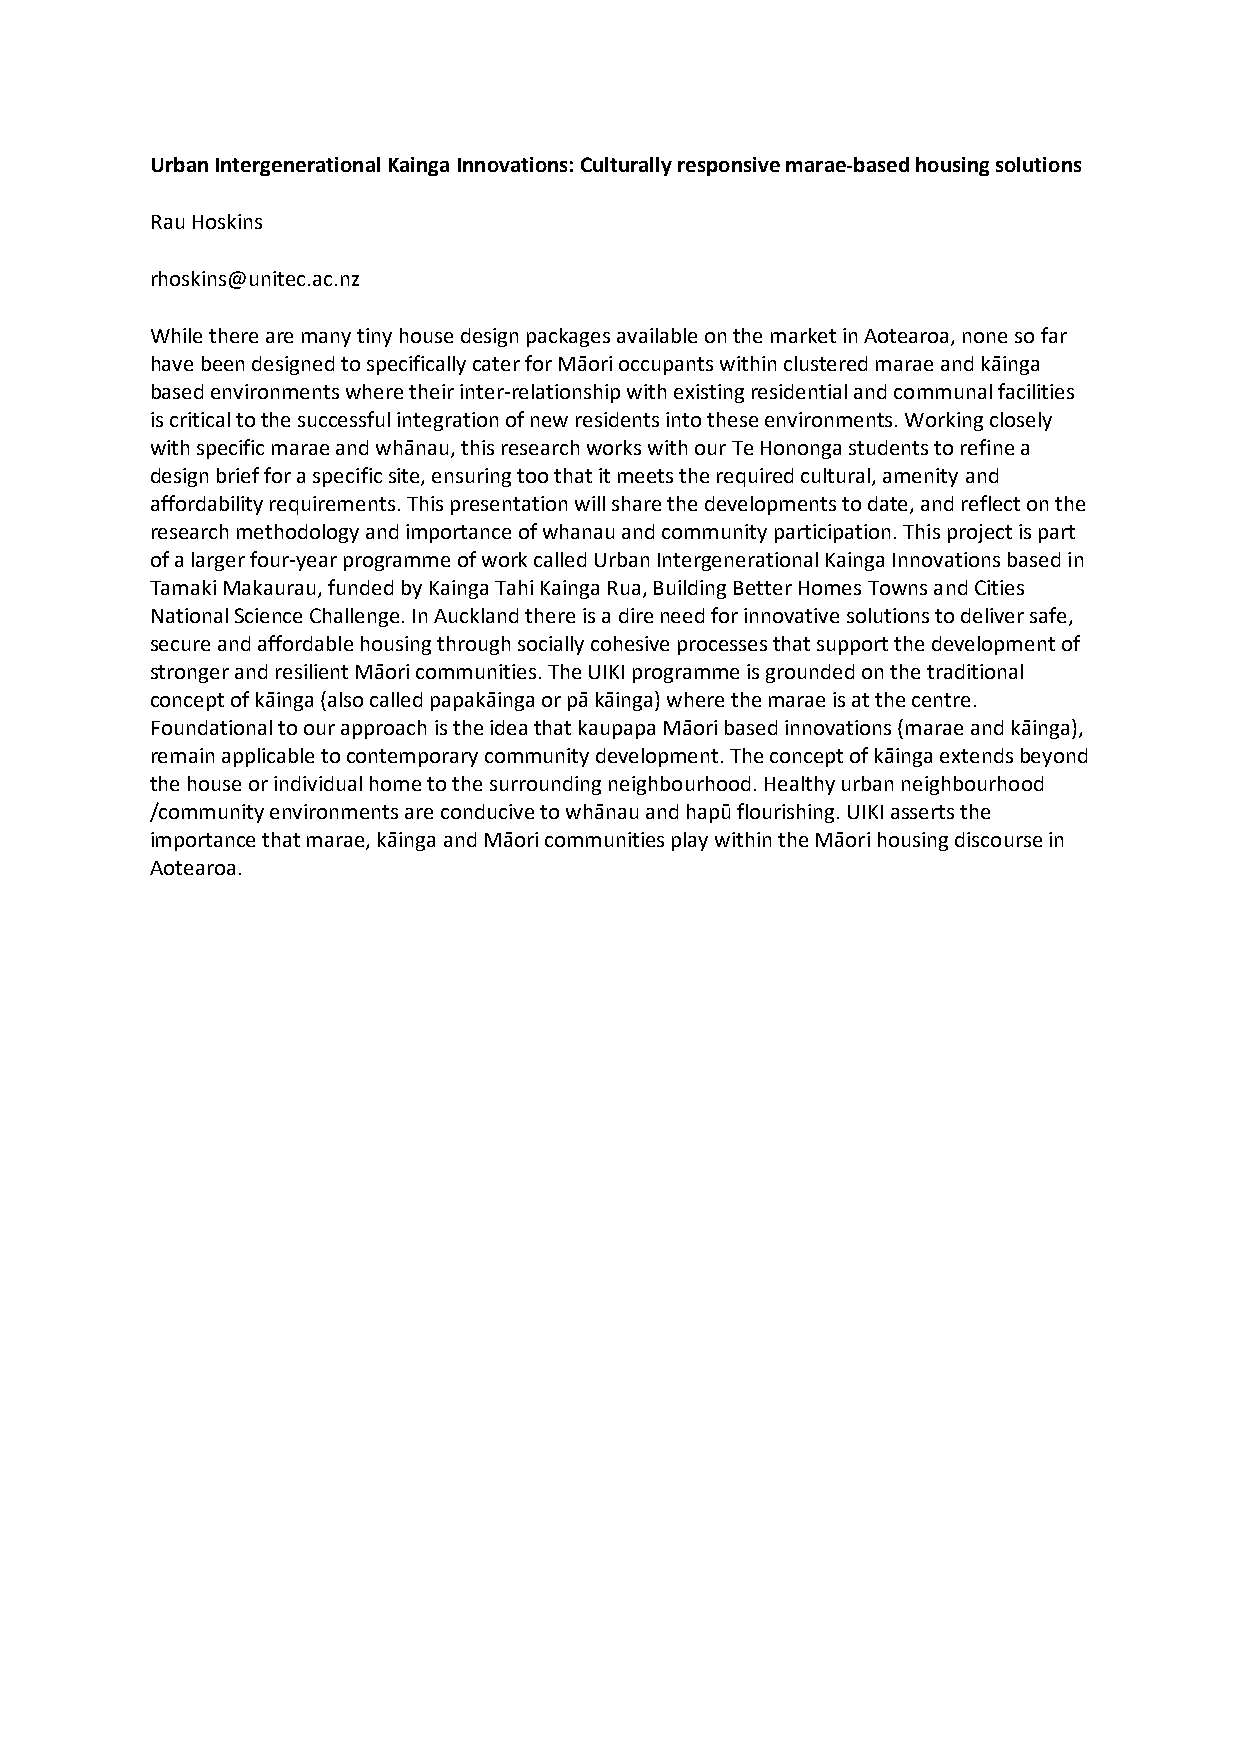
Urban Intergenerational Kainga Innovations: Culturally responsive marae-based housing solutions
 Rau Hoskins
 rhoskins@unitec.ac.nz
 While there are many tiny house design packages available on the market in Aotearoa, none so far
 have been designed to specifically cater for Māori occupants within clustered marae and kāinga
 based environments where their inter-relationship with existing residential and communal facilities
 is critical to the successful integration of new residents into these environments. Working closely
 with specific marae and whānau, this research works with our Te Hononga students to refine a
 design brief for a specific site, ensuring too that it meets the required cultural, amenity and
 affordability requirements. This presentation will share the developments to date, and reflect on the
 research methodology and importance of whanau and community participation. This project is part
 of a larger four-year programme of work called Urban Intergenerational Kainga Innovations based in
 Tamaki Makaurau, funded by Kainga Tahi Kainga Rua, Building Better Homes Towns and Cities
 National Science Challenge. In Auckland there is a dire need for innovative solutions to deliver safe,
 secure and affordable housing through socially cohesive processes that support the development of
 stronger and resilient Māori communities. The UIKI programme is grounded on the traditional
 concept of kāinga (also called papakāinga or pā kāinga) where the marae is at the centre.
 Foundational to our approach is the idea that kaupapa Māori based innovations (marae and kāinga),
 remain applicable to contemporary community development. The concept of kāinga extends beyond
 the house or individual home to the surrounding neighbourhood. Healthy urban neighbourhood
 /community environments are conducive to whānau and hapū flourishing. UIKI asserts the
 importance that marae, kāinga and Māori communities play within the Māori housing discourse in
 Aotearoa.